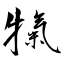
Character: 犔